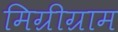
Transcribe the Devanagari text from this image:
मिग्रीग्राम